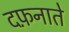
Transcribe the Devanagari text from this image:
दफ़नाते